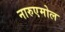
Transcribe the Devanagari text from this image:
नारुएमोल